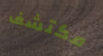
مكتشف